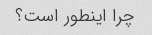
چرا اینطور است؟